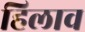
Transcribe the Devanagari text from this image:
हिलाव